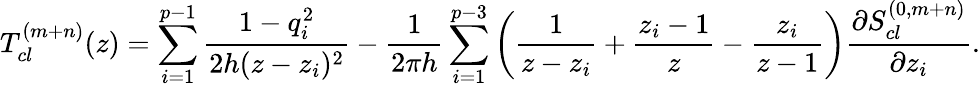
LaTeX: T_{cl}^{(m+n)}(z)=\sum_{i=1}^{p-1}{\frac{1-q_{i}^{2}}{2h(z-z_{i})^{2}}}-{\frac{1}{2\pi h}}\sum_{i=1}^{p-3}\left({\frac{1}{z-z_{i}}}+{\frac{z_{i}-1}{z}}-{\frac{z_{i}}{z-1}}\right){\frac{\partial S_{cl}^{(0,m+n)}}{\partial z_{i}}}.